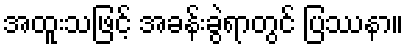
အထူးသဖြင့် အခန်းခွဲရာတွင် ပြဿနာ။